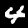
Label: 4